65_HS1-834228961_62-HQ-83894_Section_5
Agency: FBI
Page 193
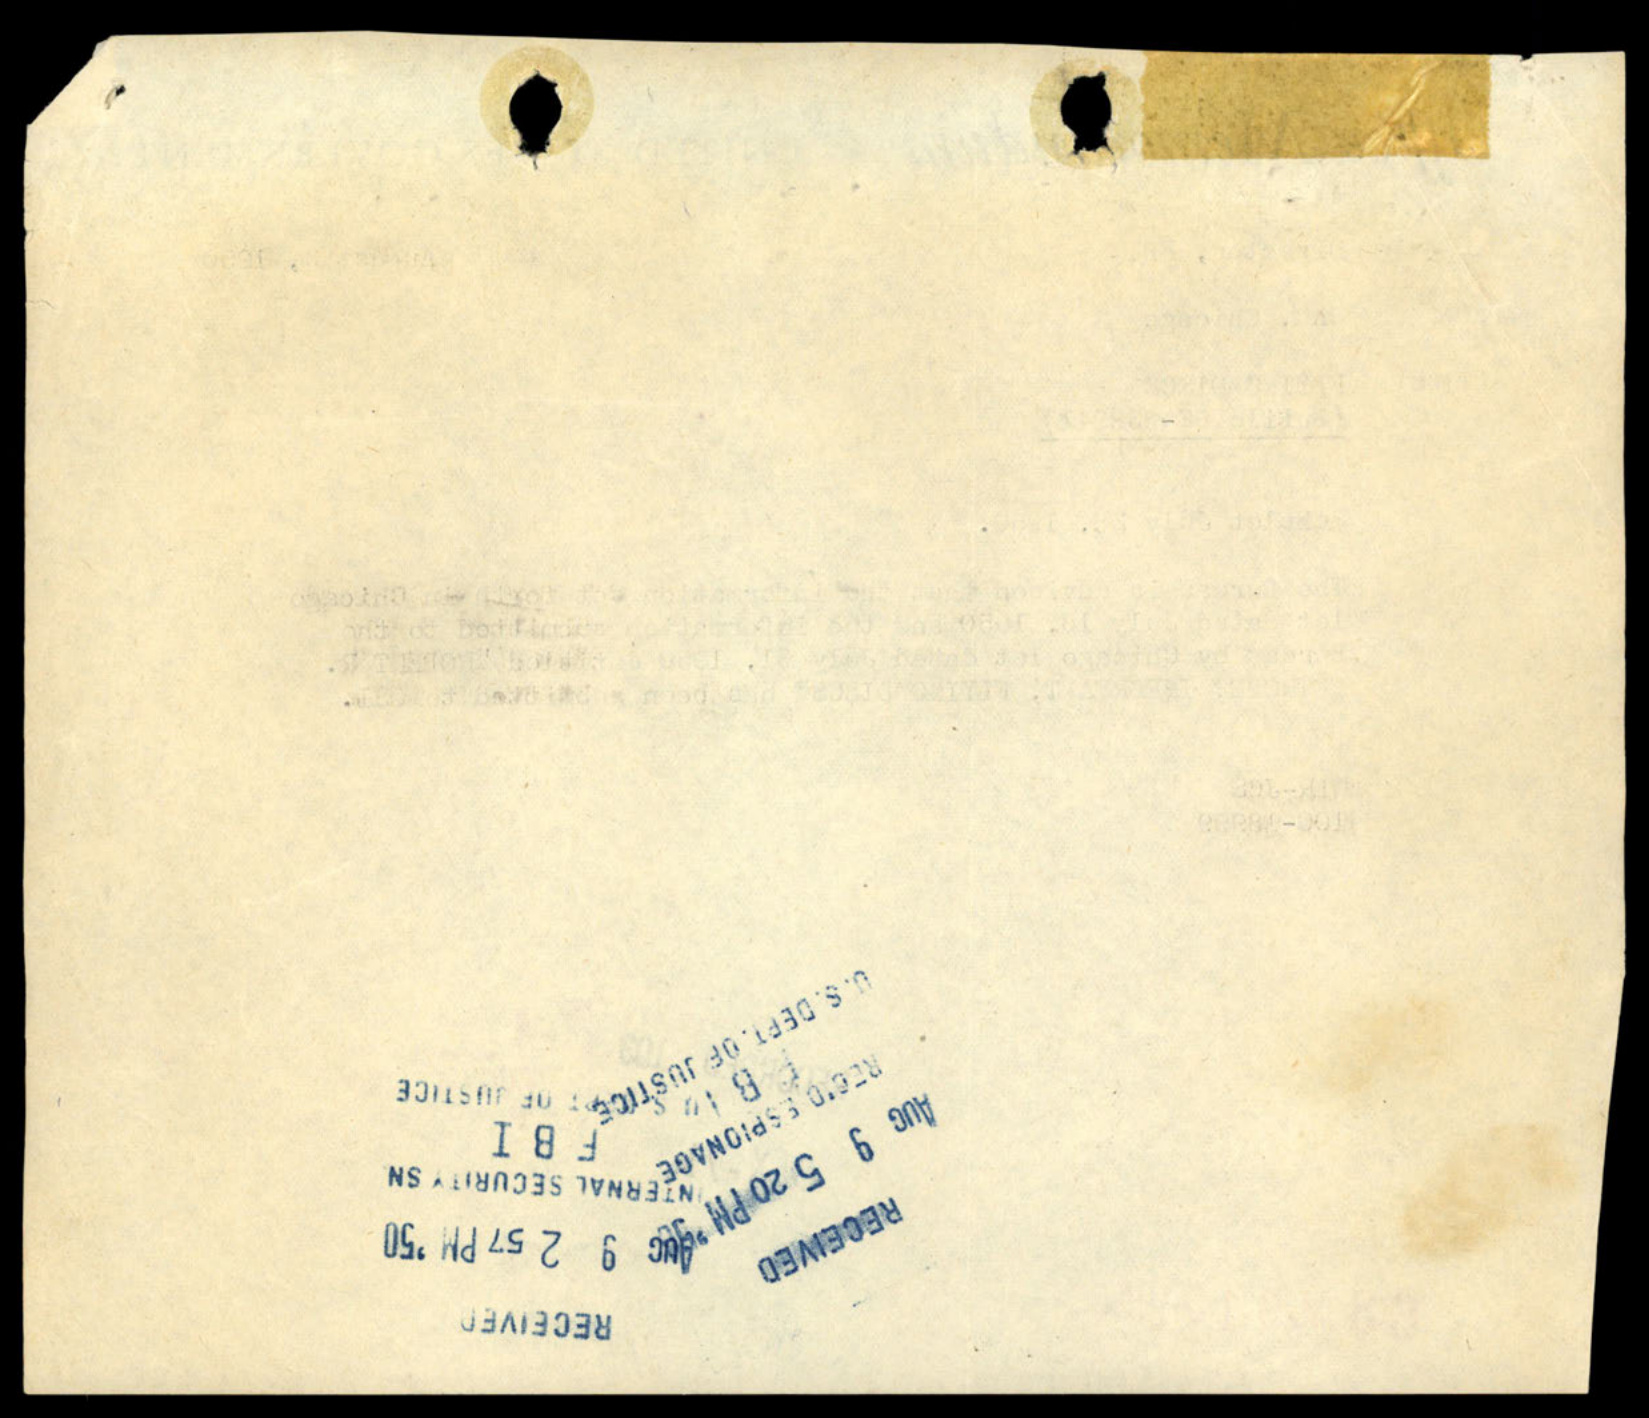